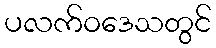
ပလက်ဝဒေသတွင်